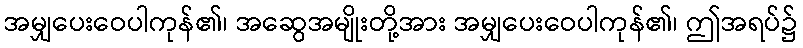
အမျှပေးဝေပါကုန်၏၊ အဆွေအမျိုးတို့အား အမျှပေးဝေပါကုန်၏၊ ဤအရပ်၌